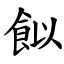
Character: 䬮